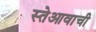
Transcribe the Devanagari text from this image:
स्तेआवाची